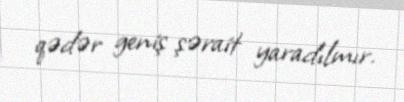
qədər geniş şərait yaradılmır.